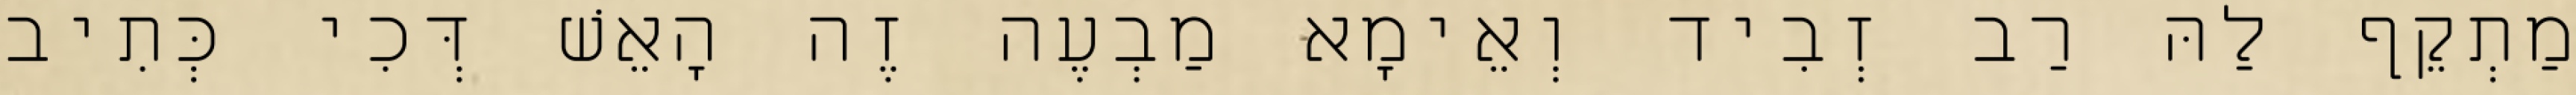
מַתְקֵף לַהּ רַב זְבִיד וְאֵימָא מַבְעֶה זֶה הָאֵשׁ דְּכִי כְּתִיב